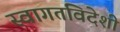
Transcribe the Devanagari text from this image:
स्वागतविदेशी